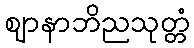
ဈာနာဘိညသုတ္တံ